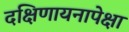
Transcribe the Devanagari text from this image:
दक्षिणायनापेक्षा